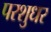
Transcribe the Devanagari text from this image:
परशुधर